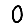
Digit: 0